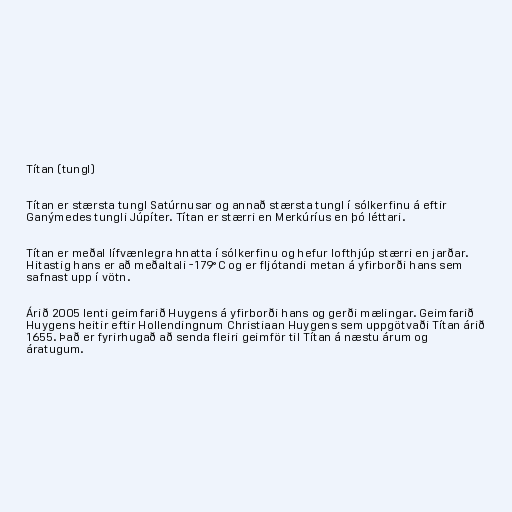
Títan (tungl)

Títan er stærsta tungl Satúrnusar og annað stærsta tungl í sólkerfinu á eftir
Ganýmedes tungli Júpíter. Títan er stærri en Merkúríus en þó léttari.

Títan er meðal lífvænlegra hnatta í sólkerfinu og hefur lofthjúp stærri en jarðar.
Hitastig hans er að meðaltali -179°C og er fljótandi metan á yfirborði hans sem
safnast upp í vötn.

Árið 2005 lenti geimfarið Huygens á yfirborði hans og gerði mælingar. Geimfarið
Huygens heitir eftir Hollendingnum Christiaan Huygens sem uppgötvaði Títan árið
1655. Það er fyrirhugað að senda fleiri geimför til Títan á næstu árum og
áratugum.